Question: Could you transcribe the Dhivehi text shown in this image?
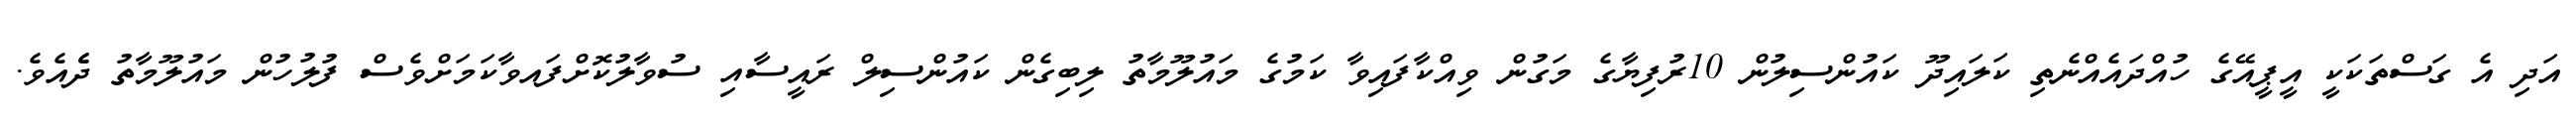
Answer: އަދި އެ ގަސްތަކަކީ އީޕީއޭގެ ހުއްދައެއްނެތި ކަލައިދޫ ކައުންސިލުން 10ރުފިޔާގެ މަގުން ވިއްކާފައިވާ ކަމުގެ މައުލޫމާތު ލިބިގެން ކައުންސިލް ރައީސާއި ސުވާލުކޮށްފައވާކަމަށްވެސް ފުލުހުން މައުލޫމާތު ދެެއެވެ.